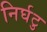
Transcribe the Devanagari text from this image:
निर्घटु